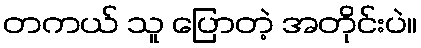
တကယ် သူ ပြောတဲ့ အတိုင်းပဲ။